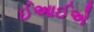
ઈઆઈએ